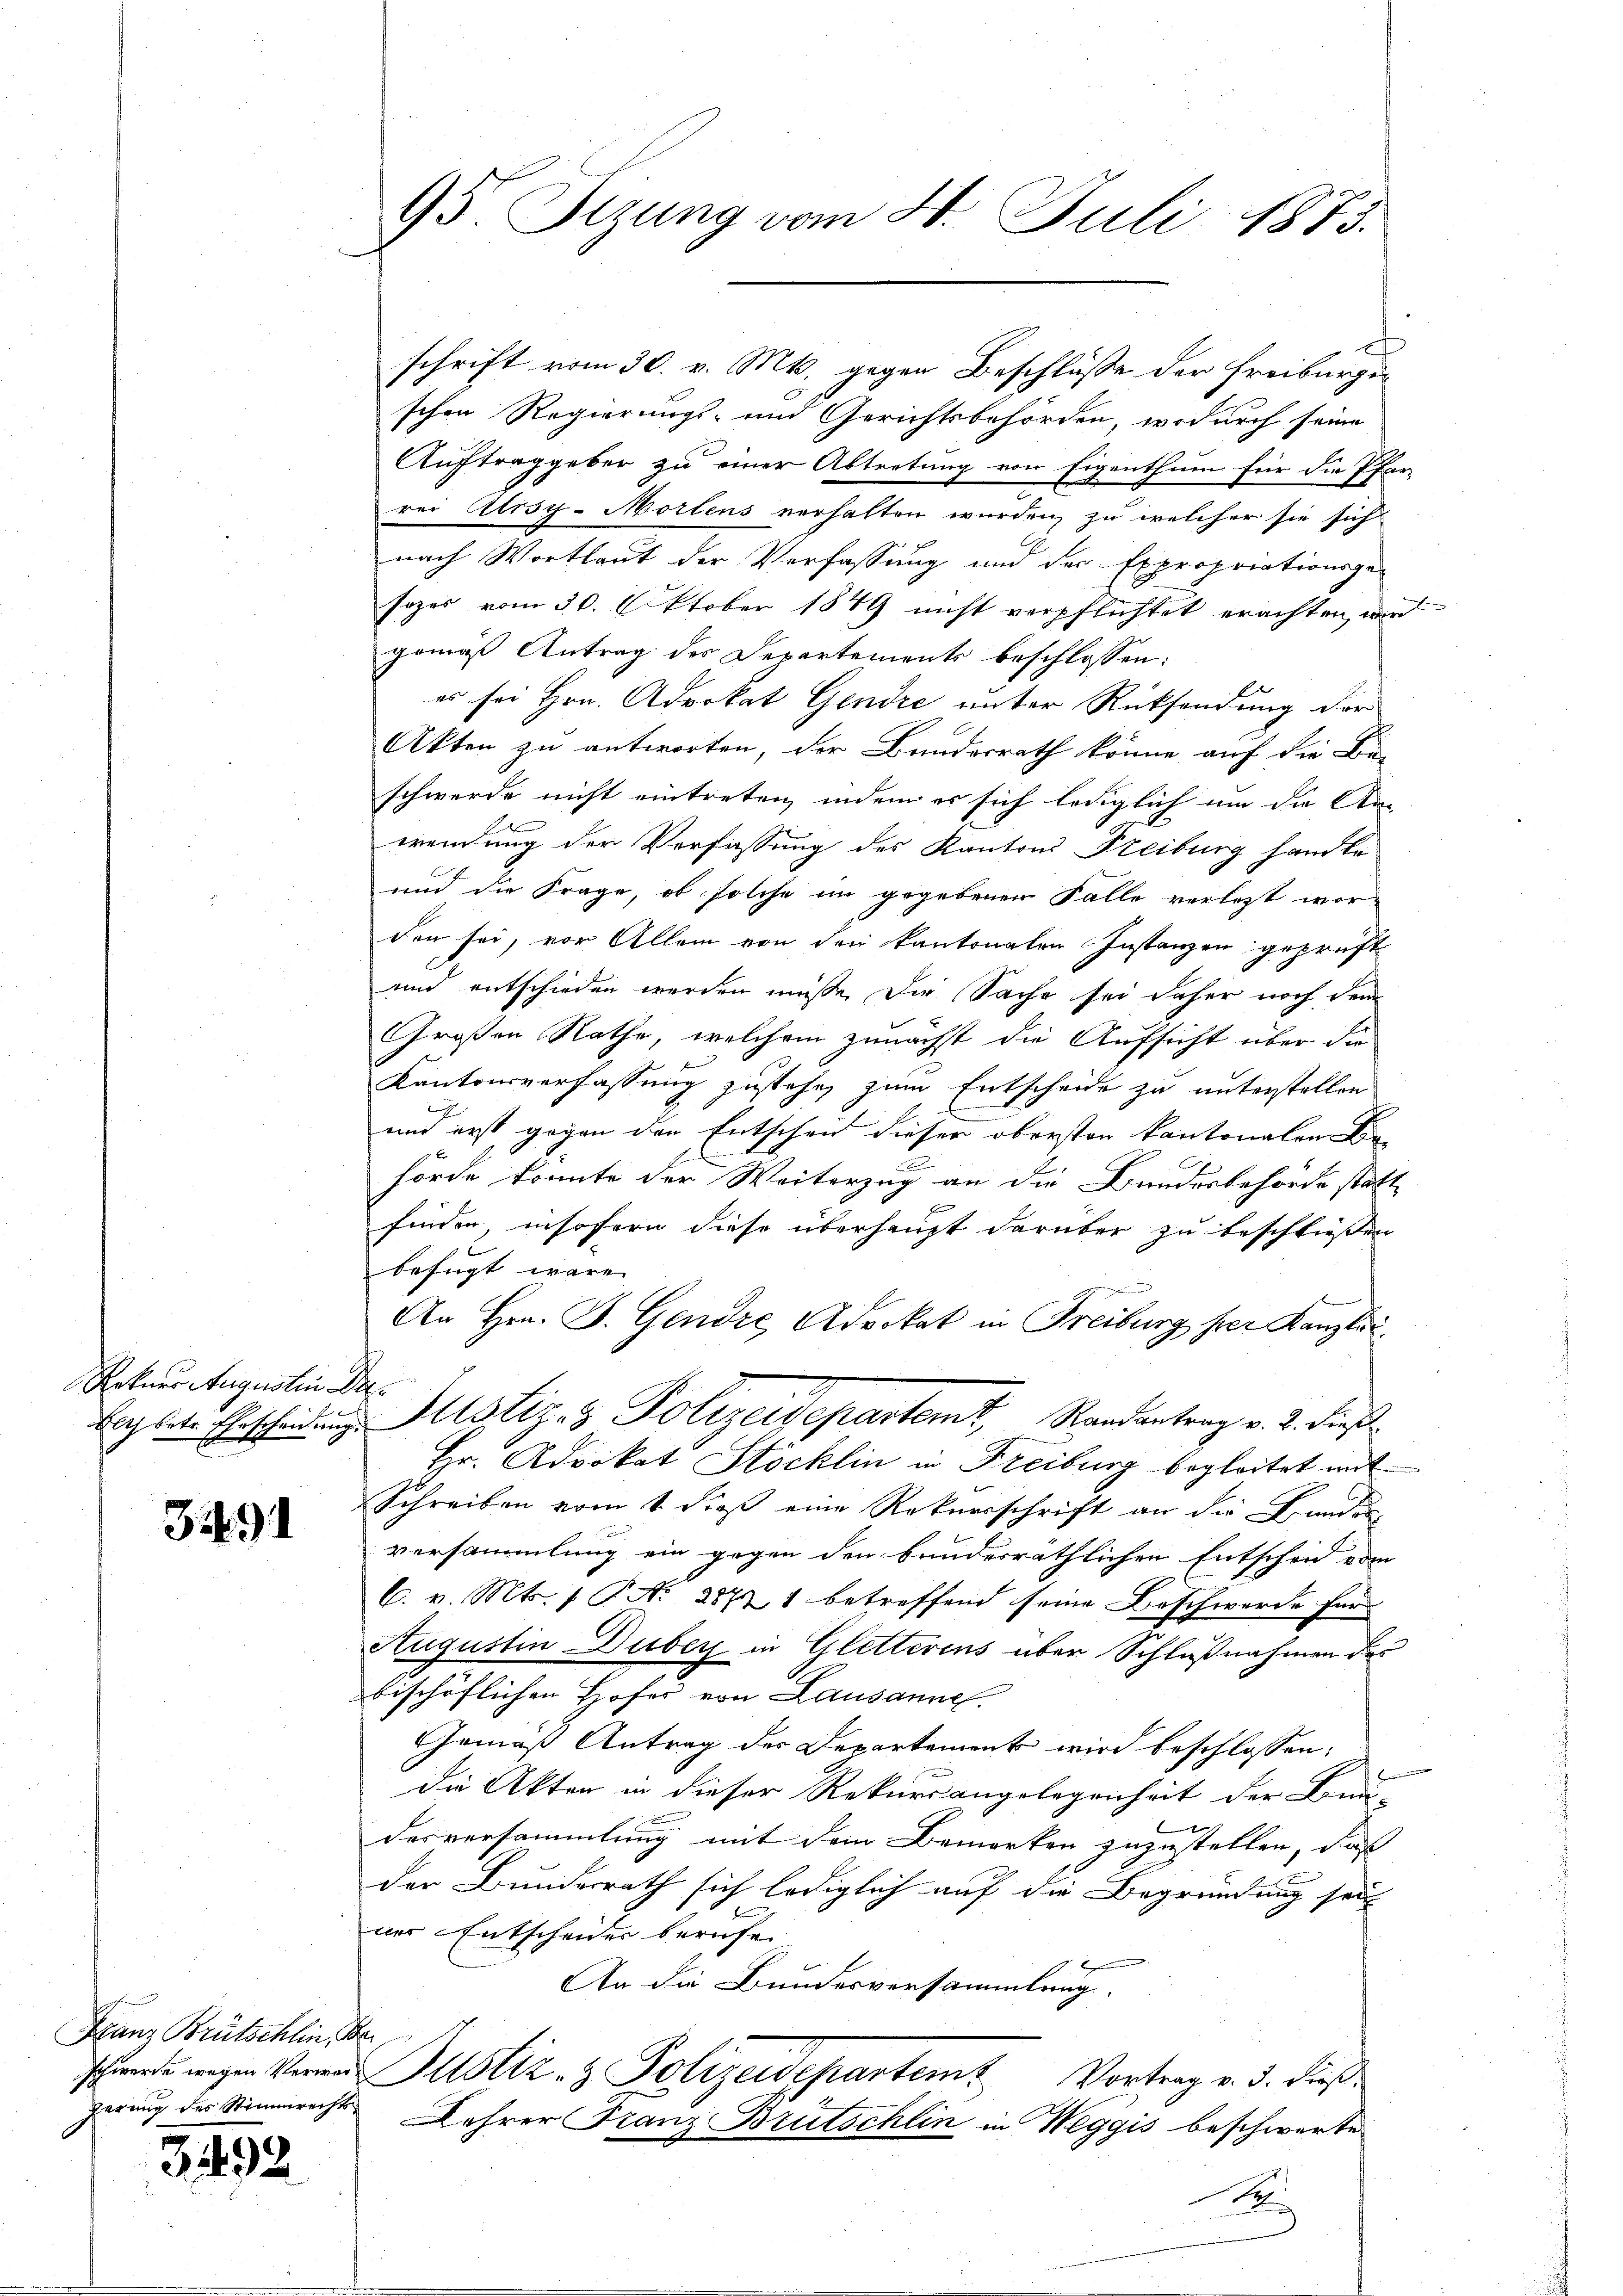
Retner Augustin De

359

Franz Brütschlin, Bar
gerung des Stimmrechts¬

3492

95 Sizung vom 4. Juli 1873.

x
schrift vom 30. v. Mts. gegen Beschlüsse der Freiburgischen Regierungs- und Gerichtsbehörden, wodurch seine
Auftraggeber zu einer Abtretung von Eigenthum für die Pfar-
rei Arsy-Mortens verhalten wurden, zu welcher sie sich
nach Wortlaut der Verfassung und der Expropriationsgesezes vom 30. Oktober 1849 nicht verpflichtet erachten wird
gemäß Antrag des Departements beschlossen:
es sei Hrn. Advokat Gendre unter Rücksendung der
Akten zu antworten, der Bundesrath könne auf die Be-
schwerde nicht eintreten, indem er sich lediglich um die An-
wendung der Verfassung des Kantons Steiburg handte
und die Frage, ob solche im gegebenen Falle verlost wor-
den sei, vor Allem von den kantonalen Instanzen geprüft
und entschieden werden müsse. Die Sache sei daher noch dem
Großen Rathe, welchem zunächst die Aufsicht über die
Kantonsverfassung zustehe, zum Entscheide zu unterstellen
und erst gegen den Entschen dieser obersten kantonalen Be-
hörde konnte der Weiterzug an die Bundesbehörde statt
finden, insofern diese überhaupt darüber zu beschließen
befügt wäre.
An Hrn. F. Gendre Advokat in Freiburg her Kanzleibachtete Ehrscheidung Mstiz- & Polizeidepartemt, Randantrag v. 2. dieß
Hr. Advokat Stöcklin in Freiburg begleitet mit
Schreiben vom 1. dieß eine Rekursschrift an die Landerversammlung ein gegen den bundesräthlichen Entschen vom
C. v. Mts. 1 P. Nr. 28771 betreffend seine Beschwerde für
Augustin Duber in Gletterens über Schlußnahmen des
bischöflichen Hofes von Lausannes.
Gemäß Antrag der Departement wird beschlossen:
die Akten in dieser Rekursangelegenheit der Bau-
desversammlung mit dem Bemerken zuzustellen, daß
der Bundesrath sich lediglich auf die Begründung seit
ner Entscheider berufen
An die Bundesversammlung.
schwerde wegen Verner Justiz- & Polizeidepartem Vortrag v. 3. dieß
Lehrer Franz Brutschlin in Weggis beschwerte
1